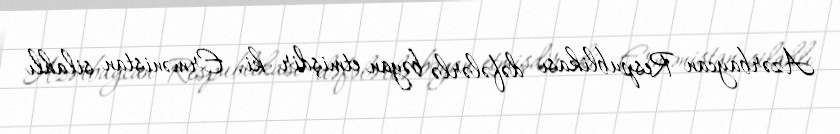
Azərbaycan Respublikası dəfələrlə bəyan etmişdir ki, Ermənistan silahlı